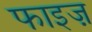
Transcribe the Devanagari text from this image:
फाइज़